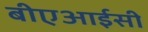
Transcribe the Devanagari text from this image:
बीएआईसी